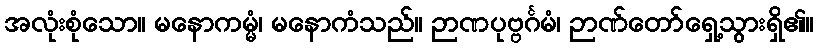
အလုံးစုံသော။ မနောကမ္မံ၊ မနောကံသည်။ ဉာဏပုဗ္ဗင်္ဂမံ၊ ဉာဏ်တော်ရှေ့သွားရှိ၏။